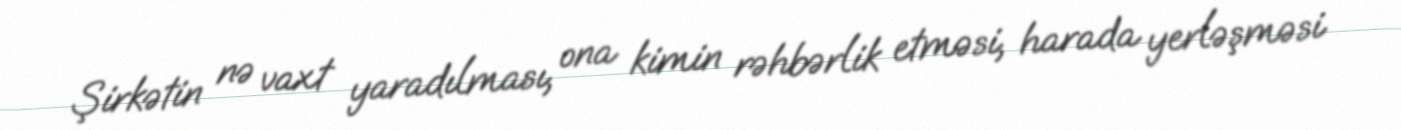
Şirkətin nə vaxt yaradılması, ona kimin rəhbərlik etməsi, harada yerləşməsi